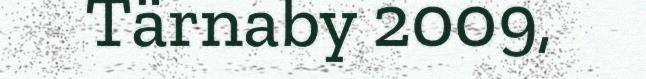
Tärnaby 2009,